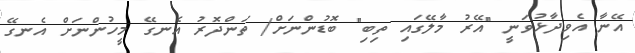
އޭނާ އެވިދާޅުވަނީ "އޭރު މާލޭގައި ތިބި" ބޮޑުންނަށް/ ތަންދޮރު އެނގޭ މީހުންނަށް އެނގޭ